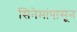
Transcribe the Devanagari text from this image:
सिनेमांपासून